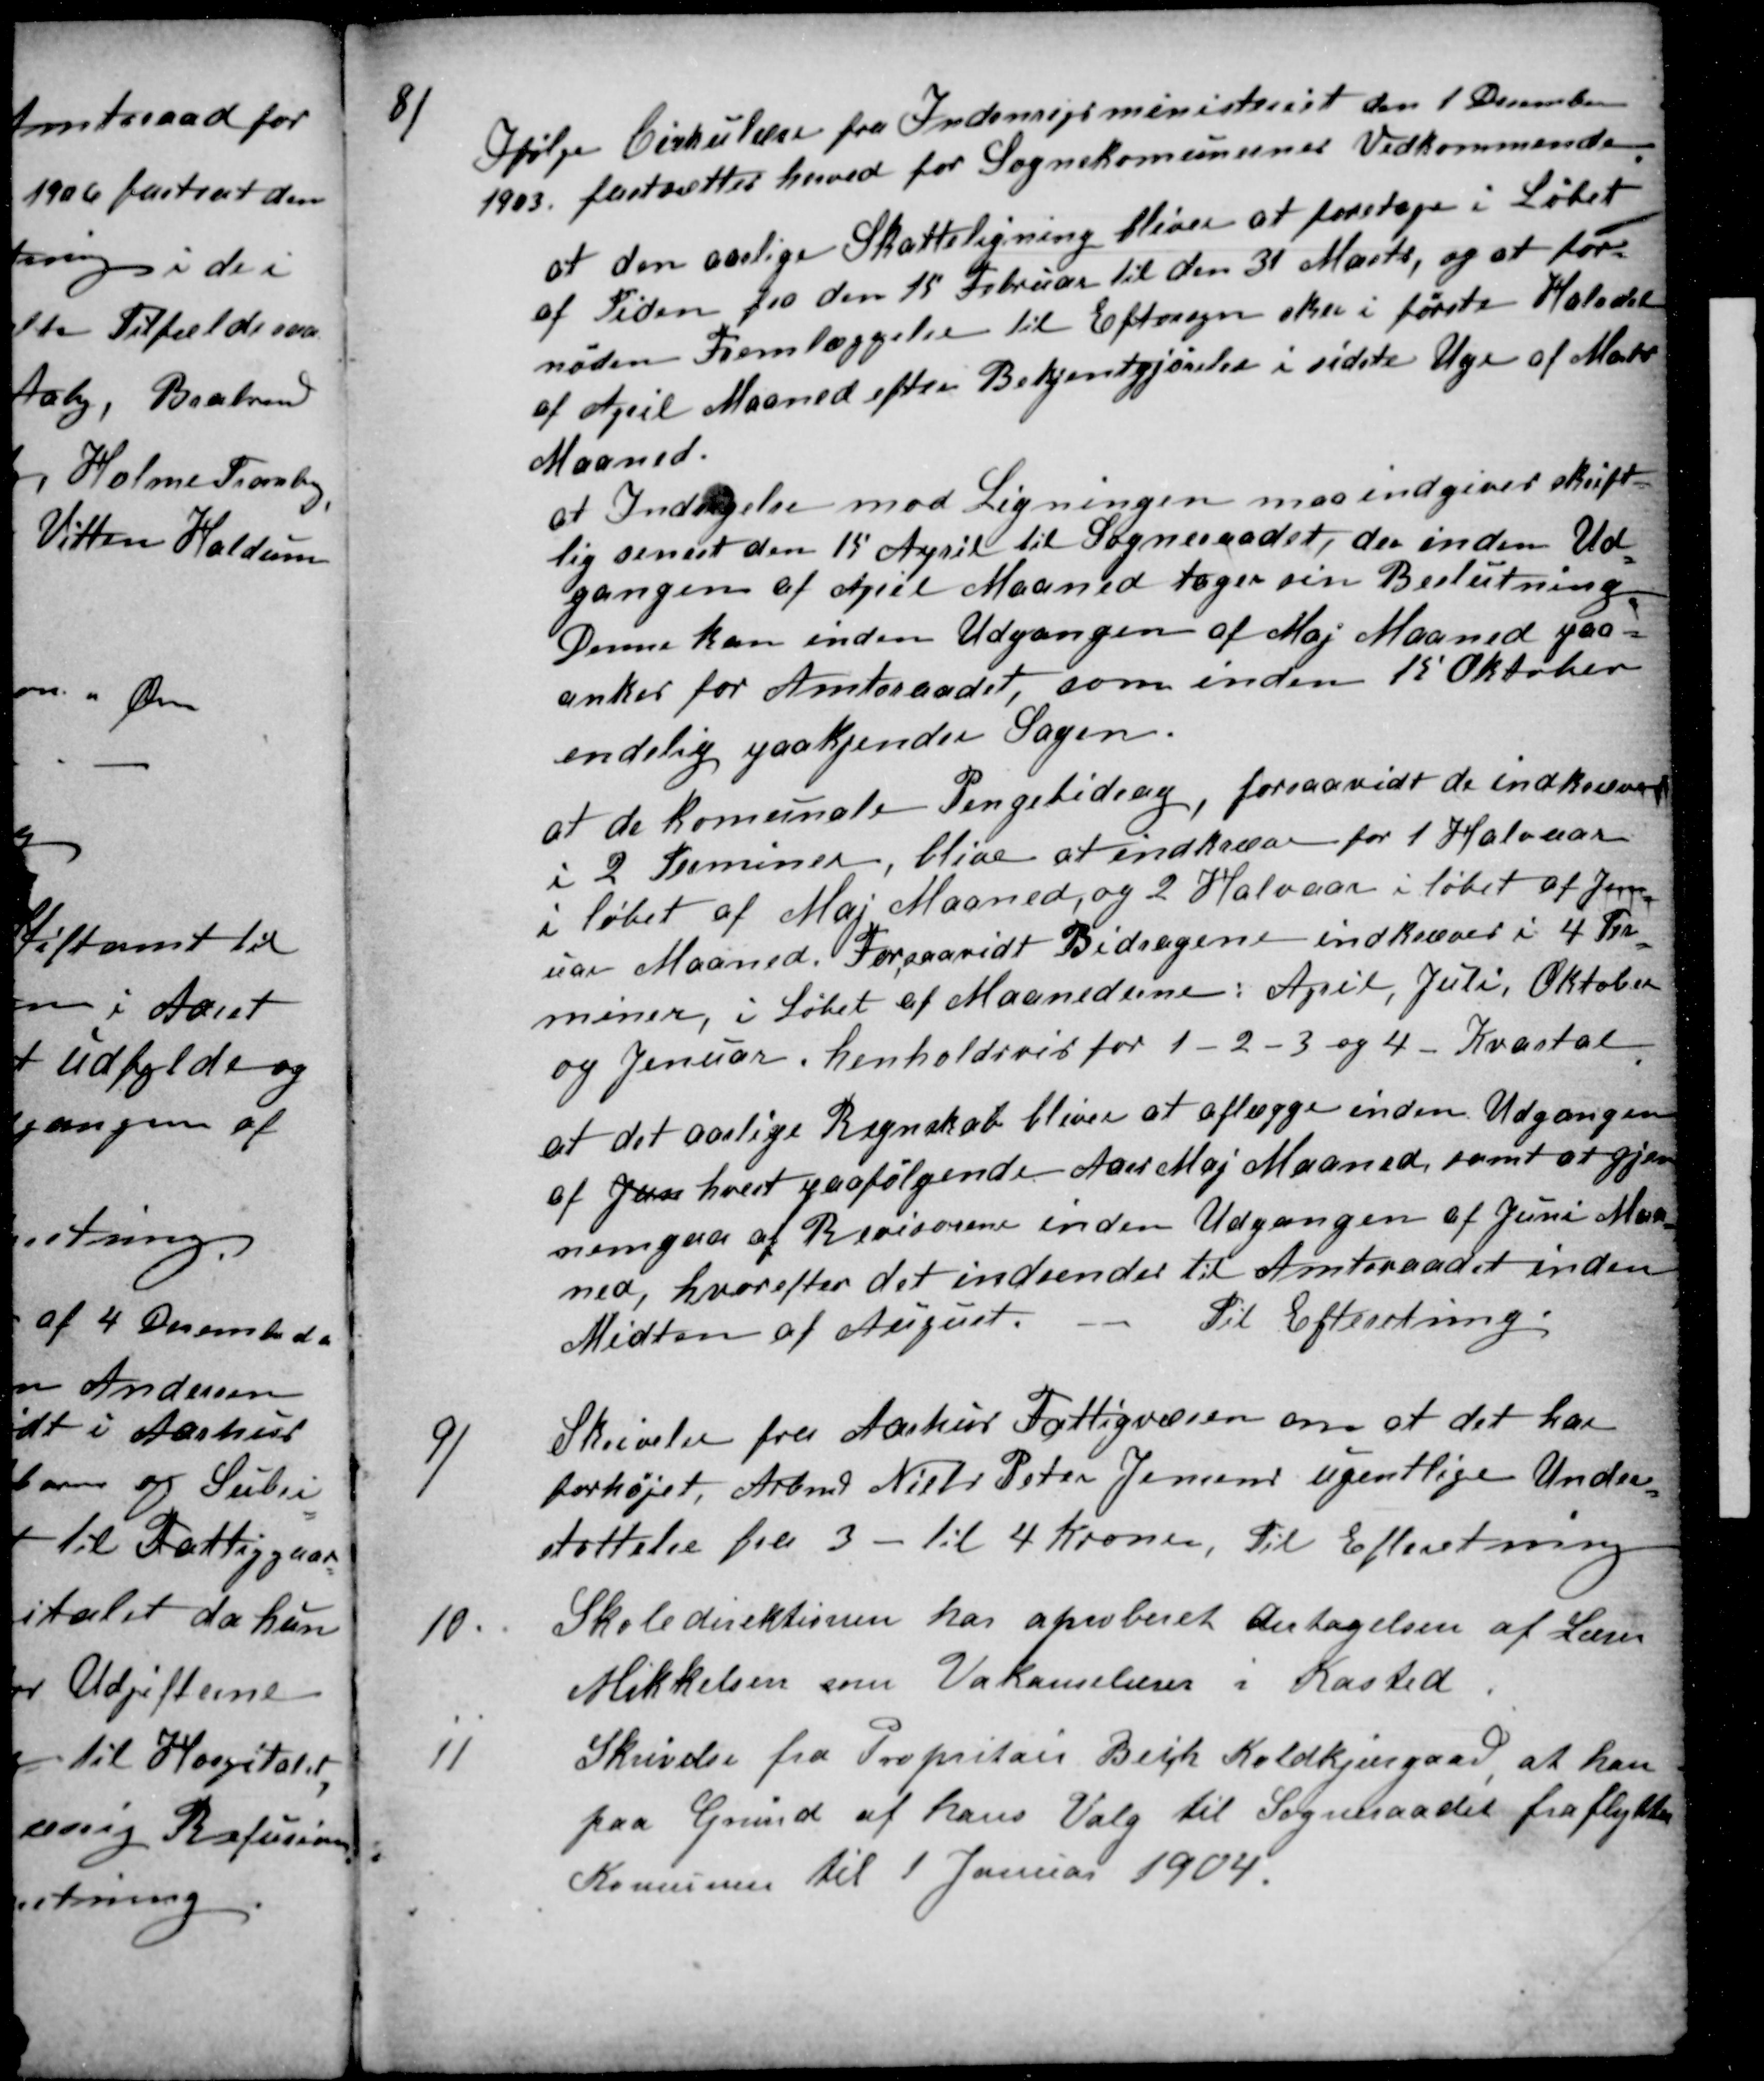
Transskription:
8
Ifølge Cirkulære fra Indenrigsministeriet den 1 December
1903. fastsættes herved for Sognekomunernes Vedkommende
at den aarlige Skatteligning bliver at foretage i Løbet
af Tiden fra den 15 Februar til den 31 Marts, og at for-
nøden Fremlæggelse til Eftersyn sker i første Halvdel
af April Maaned efter Bekjendgjørelse i sidste Uge af Marts
Maaned.
at Indsigelse mod Ligningen maa indgives skrift-
lig senest den 15 April til Sogneraadet, der inden Ud-
gangen af April Maaned tager sin Beslutning.
Denne kan inden Udgangen af Maj Maaned paa=
ankes for Amtsraadet, som inden 15 Oktober
endelig paakjender Sagen.
at de komunale Pengebidrag, forsaavidt de indkræves
i 2 Terminer, blive at indkræve for 1 Halvaar
i løbet af Maj Maaned, og 2 Halvaar i løbet af Jen-
uar Maaned. Forsaavidt Bidragene indkræves i 4 Ter-
miner, i Løbet af Maanederne: April, Juli, Oktober
og Jenuar. henholdsvis for 1-2-3 og 4 Kvartal
at det aarlige Regnskab bliver at aflægge inden Udgangen
af Jan hvert paafølgende Aaer Maj Maaned, samt at gjen
nemgaa af Revisorene inden Udgangen af Juni Maa-
ned, hvorefter det indsendes til Amtsraadet inden
Midten af August.
Til Efterretning.
9)
Skrivelse fra Aarhus Fattigvæsen om at det har
forhøjet, Arbmd Niels Peter Jensens ugentlige Under-
støttelse fra 3 - til 4 Kroner, Til Efterretning
10
Skoledirektionen har aproberet Antagelsen af Lærer
Mikkelsen som Vakancelærer i Kasted
11
Skrivelse fra Propritair Bech Koldkjærgaard at han
paa Grund af hans Valg til Sogneraadet fraflytter
Komunen til 1 Januar 1904.